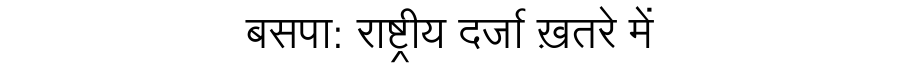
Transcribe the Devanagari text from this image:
बसपा: राष्ट्रीय दर्जा ख़तरे में